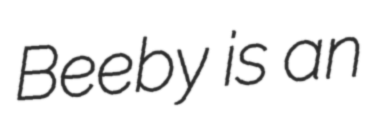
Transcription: Beeby is an